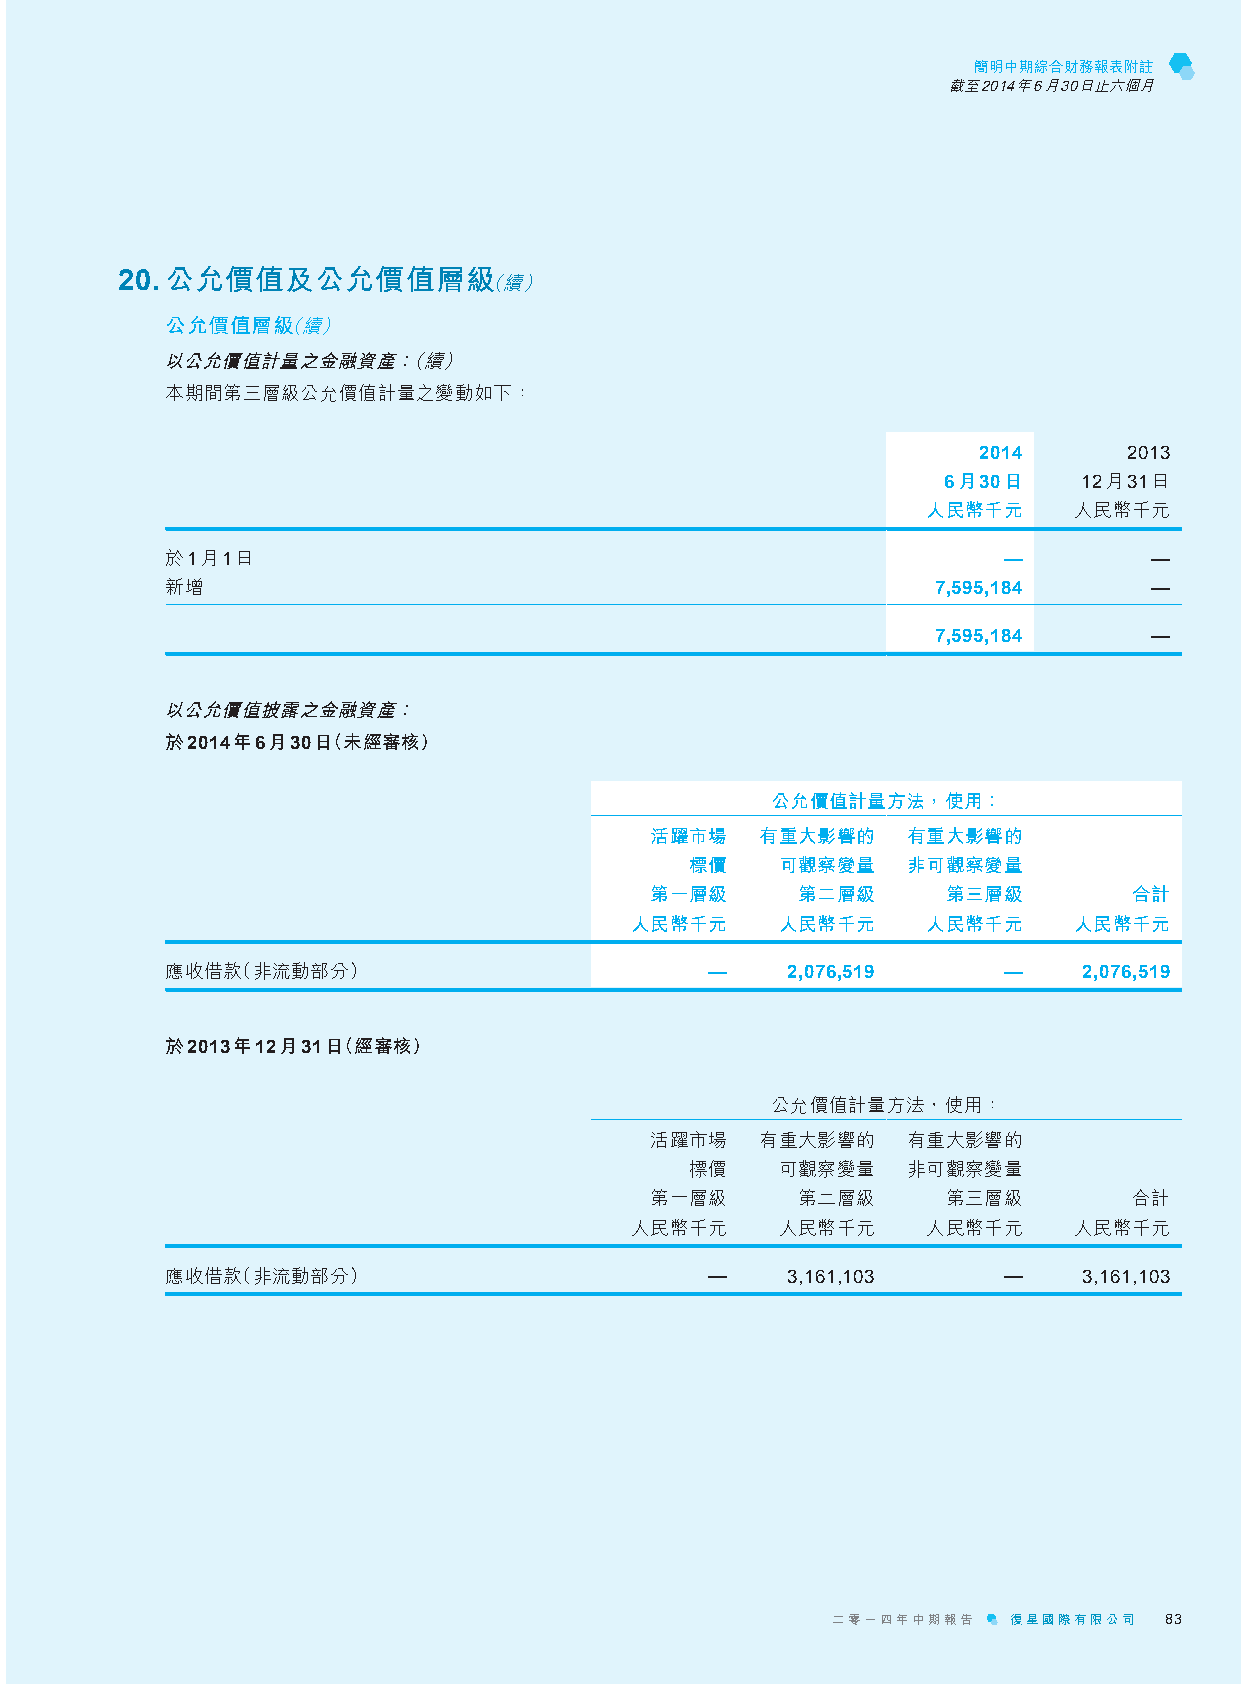
簡明中期綜合財務報表附註
 截至2014年6月30日止六個月
 20. 公允價值及公允價值層級         （續）
 公允價值層級（續）
 以公允價值計量之金融資產：（續）
 本期間第三層級公允價值計量之變動如下：
 2014      2013
 6月30日     12月31日
 人民幣千元     人民幣千元
 於1月1日                                                  —         —
 新增                                                 7,595,184     —
 7,595,184     —
 以公允價值披露之金融資產：
 於2014年6月30日（未經審核）
 公允價值計量方法，使用：
 活躍市場   有重大影響的    有重大影響的
 標價    可觀察變量   非可觀察變量
 第一層級      第二層級      第三層級        合計
 人民幣千元     人民幣千元    人民幣千元     人民幣千元
 應收借款（非流動部分）                         —    2,076,519     —     2,076,519
 於2013年12月31日（經審核）
 公允價值計量方法，使用：
 活躍市場   有重大影響的    有重大影響的
 標價    可觀察變量   非可觀察變量
 第一層級      第二層級      第三層級        合計
 人民幣千元     人民幣千元    人民幣千元     人民幣千元
 應收借款（非流動部分）                         —    3,161,103     —     3,161,103
 二零一四年中期報告   復星國際有限公司  83